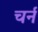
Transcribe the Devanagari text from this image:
चर्न